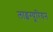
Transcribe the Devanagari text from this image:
लाइग्यूरियन